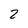
Character: 2